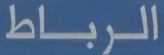
الرباط